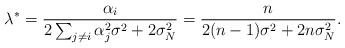
LaTeX: \begin{align*}\lambda^*=\frac{\alpha_i}{2\sum_{j\neq i} \alpha_j^2 \sigma^2 +2\sigma_N^2}=\frac{n}{2(n-1) \sigma^2 +2n\sigma_N^2}.\end{align*}